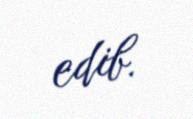
edib.